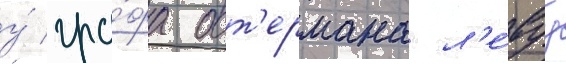
у́ гра́фа ост'ермана л'е́вуу